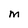
Character: M